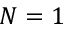
N = 1